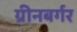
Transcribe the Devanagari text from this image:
ग्रीनबर्गर